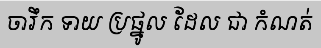
ចារឹក ទាយ ប្រផ្នូល ដែល ជា កំណត់